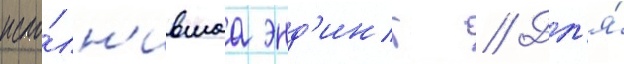
испо́лн'ившаа энд'инг // Дл'я́